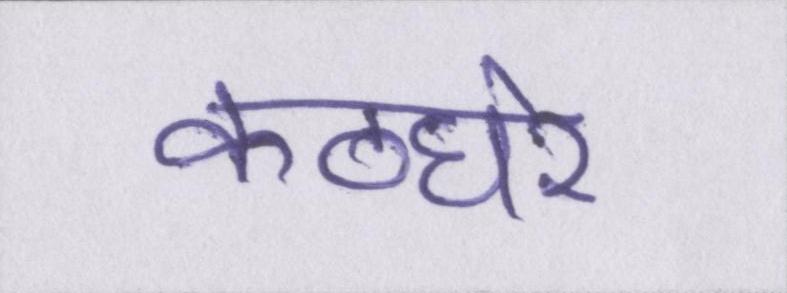
कठघरे